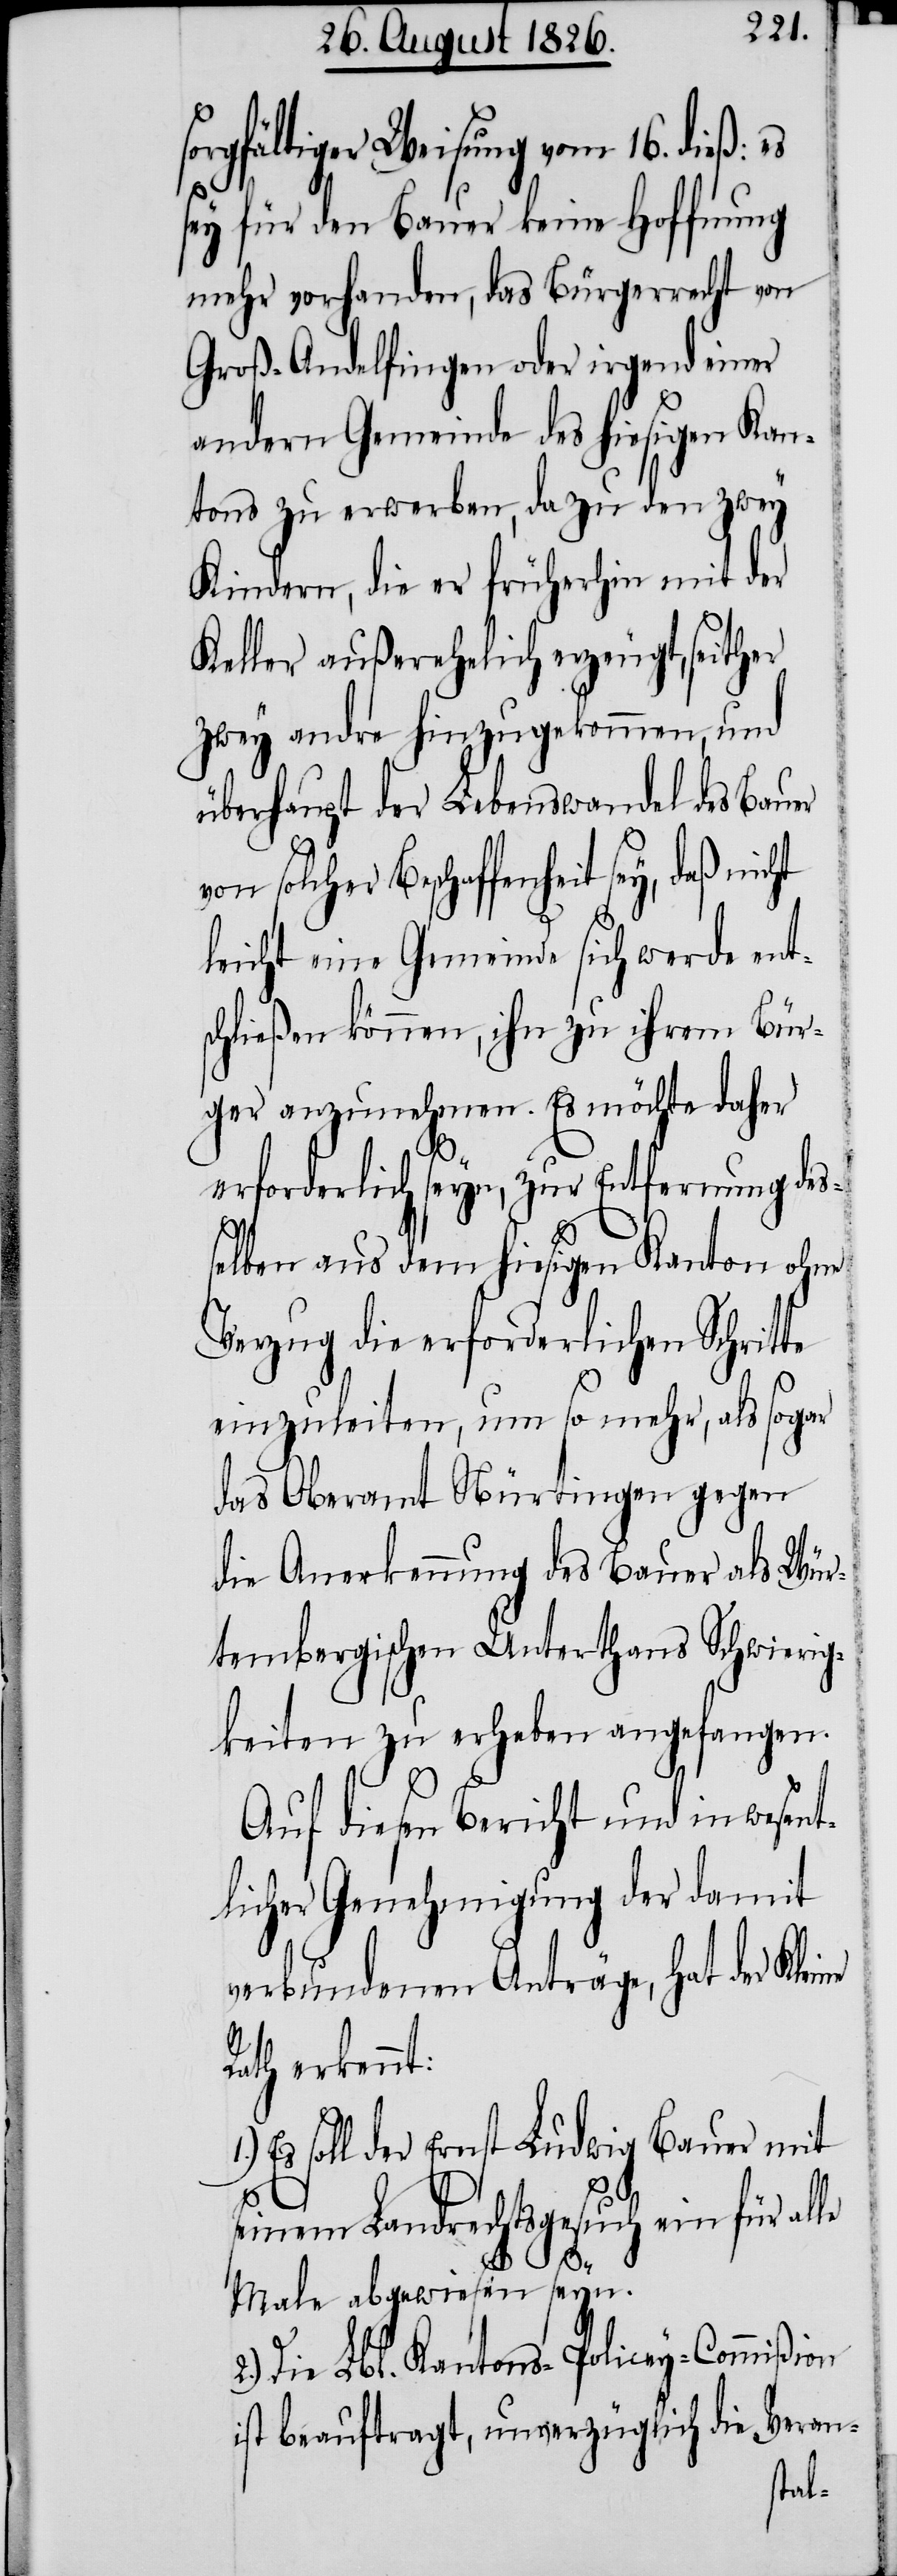
sorgfältiger Weisung vom 16. dieß:
sey für den Bauer keine Hoffnung
mehr vorhanden, das Bürgerrecht von
Groß-Andelfingen oder irgend einer
andern Gemeinde des hiesigen Kan¬
tons zu erwerben, da zu den zwey
Kindern, die er früherhin mit der
Keller außerehelich erzeugt, seither
zwey andre hinzugekommen, und
überhaupt der Lebenswandel des Bauer
solcher Beschaffenheit sey, daß nicht
leicht eine Gemeinde sich werde ent¬
schließen können, ihn zu ihrem Bür¬
ger anzunehmen. Es möchte daher
erforderlich seyn, zur Entfernung des¬
selben aus dem hiesigen Kanton ohne
Verzug die erforderlichen Schrit¬
einzuleiten, um so mehr, als sogar
das Oberamt Nürtingen gegen
die Anerkennung des Bauer als Wür¬
tembergischen Unterthans Schwierig¬
keiten zu erheben angefangen.
Auf diesen Bericht und in wesent¬
licher Genehmigung der damit
verbundenen Anträge, hat der Klei¬
Rath erkennt:
Es soll der Ernst Ludwig Bauer mit
1.)
seinem Landrechtsgesuch ein für alle
ne
Male abgewiesen seyn.
2.) Die Lbl. Kantons-Policey-Commißion
ist beauftragt, unverzüglich die Veran-